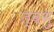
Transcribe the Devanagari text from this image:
त्वमु